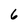
Character: 6